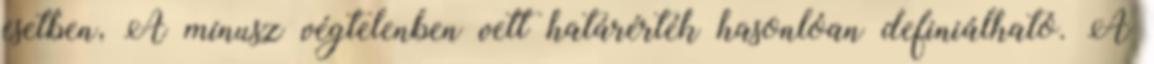
esetben, A mínusz végtelenben vett határérték hasonlóan definiálható. A